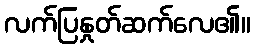
လက်ပြနှုတ်ဆက်လေ၏။